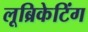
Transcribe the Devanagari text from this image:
लूब्रिकेटिंग